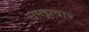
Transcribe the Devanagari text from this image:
समझवार